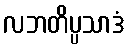
လဘတိပ္ပသာဒံ